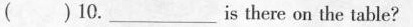
( ) 10.___ is there on the table?